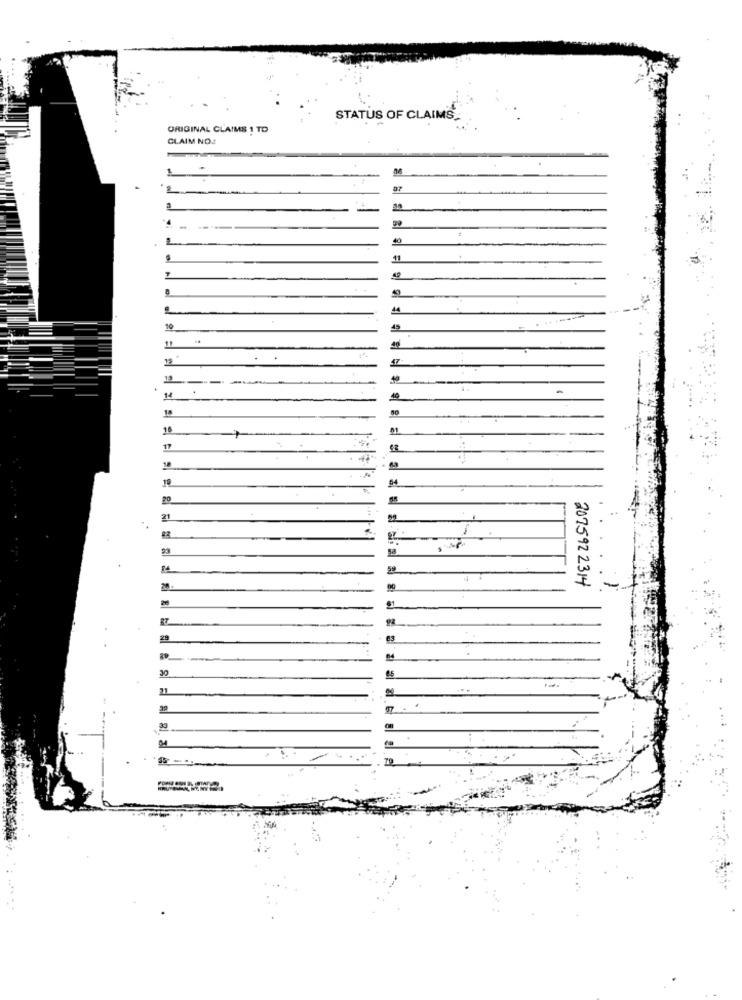
STATUS OF CLAIMS
US
ORIGINAL CLAIMS 1 TO
CLAIM NO .:
-
2
11
10
40
11
47
---
.
14
15
18
17
19
20
21
22
23
59
2075922314
-
28
30
21
33